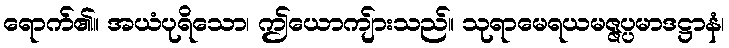
ရောက်၏။ အယံပုရိသော၊ ဤယောကျ်ားသည်။ သုရာမေရယမဇ္ဇပ္ပမာဒဋ္ဌာနံ၊